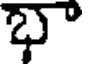
భా